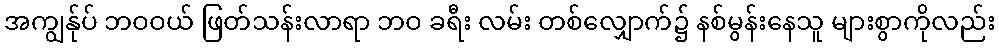
အကျွန်ုပ် ဘဝဝယ် ဖြတ်သန်းလာရာ ဘဝ ခရီး လမ်း တစ်လျှောက်၌ နစ်မွန်းနေသူ များစွာကိုလည်း